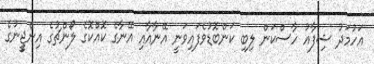
އަހުމަދު ޝިފާއު ހާސްކަން ލިބި ކަންބޮޑުވެފައިވަނީ އޭނާއާއި އޭނާގެ ކޮއްކޮގެ ލޯންޗުގެ އިންޖީީނުގެ